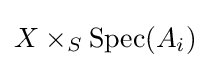
X\times _{S}\operatorname {Spec} (A_{i})